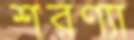
শরণ্যা